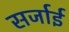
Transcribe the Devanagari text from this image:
सर्जाई